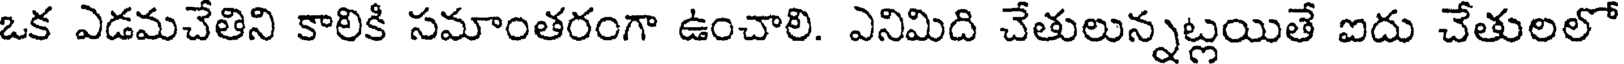
ఒక ఎడమచేతిని కాలికి సమాంతరంగా ఉంచాలి. ఎనిమిది చేతులున్నట్లయితే ఐదు చేతులలో